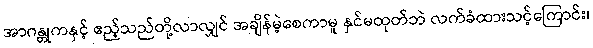
အာဂန္တုကနှင့် ဧည့်သည်တို့လာလျှင် အချိန်မဲ့စေကာမူ နှင်မထုတ်ဘဲ လက်ခံထားသင့်ကြောင်း၊